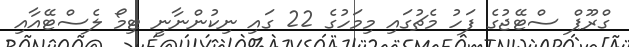
ގްރޫޕް ސްޓޭޖުގެ ފަހު މެޗުގައި މިމަހުގެ 22 ގައި ނިކުންނާނީ ޓިމޯ ލެސްޓޭއާއި